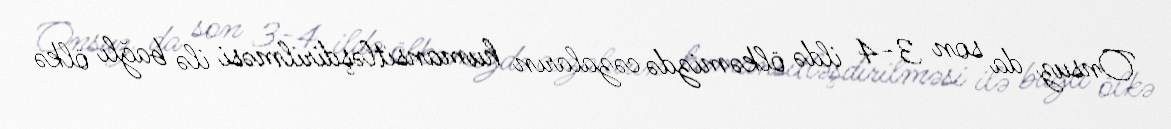
Onsuz da son 3-4 ildə ölkəmizdə cəzaların humansitləşdirilməsi ilə bağlı ölkə